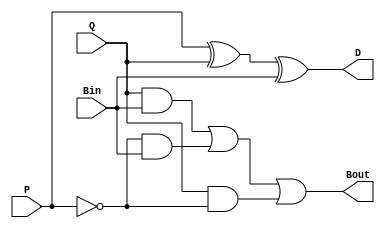
`timescale 1ns / 1ps
//////////////////////////////////////////////////////////////////////////////////
// Company: 
// Engineer: 
// 
// Design Name: 
// Module Name:    FullsubtractorB 
// Project Name: 
// Target Devices: 
// Tool versions: 
// Description: 
//
// Dependencies: 
//
// Revision: 
// Revision 0.01 - File Created
// Additional Comments: 
//
//////////////////////////////////////////////////////////////////////////////////
module FullsubtractorB(D,Bout,P,Q,Bin
    );
input wire P,Q,Bin;
output reg D,Bout;
always @(P or Q or Bin)
begin
D=P^Q^Bin;
Bout=((Q&Bin)|((~P)&Bin)|(Q&(~P)));
end

endmodule